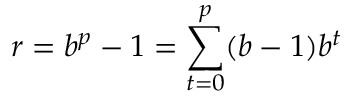
r = b ^ { p } - 1 = \sum _ { t = 0 } ^ { p } ( b - 1 ) b ^ { t }